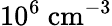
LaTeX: \mathrm{{10^{6}\ cm^{-3}}}